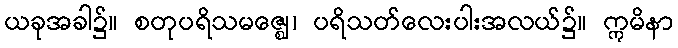
ယခုအခါ၌။ စတုပရိသမဇ္ဈေ၊ ပရိသတ်လေးပါးအလယ်၌။ ဣမိနာ